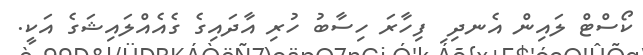
ކޯސްޓް ލައިން އެނދި ި ފިހާރަ ހިސާބު ހުރި އާދައިގެ ގެއެއްލައިޝަގެ އަކީ.